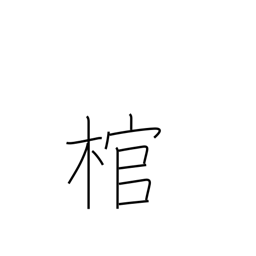
Meaning: coffin